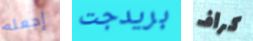
إجعله بريدجت كراف